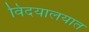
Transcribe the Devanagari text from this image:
विदयालयात